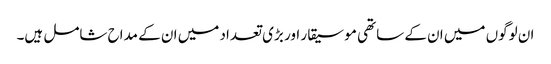
ان لوگوں میں ان کے ساتھی موسیقار اور بڑی تعداد میں ان کے مداح شامل ہیں۔